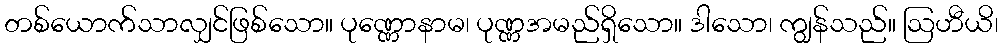
တစ်ယောက်သာလျှင်ဖြစ်သော။ ပုဏ္ဏောနာမ၊ ပုဏ္ဏအမည်ရှိသော။ ဒါသော၊ ကျွန်သည်။ ဩဟီယိ၊